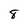
Character: 8